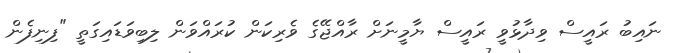
ނައިބު ރައީސް ވިދާޅުވީ ރައީސް ޔާމީނަށް ރާއްޖޭގެ ވެރިކަން ކުރައްވަން ލިބިވަޑައިގަތީ "ފިނިފެން